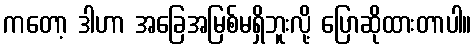
ကတော့ ဒါဟာ အခြေအမြစ်မရှိဘူးလို့ ပြောဆိုထားတာပါ။